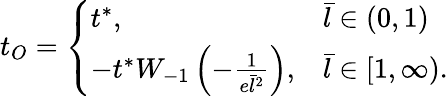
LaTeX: t_{O}=\left\{ \begin{array}{ll}{t^{*},}&{\bar{l}\in(0,1)}\\ {-t^{*}W_{-1}\left(-\frac{1}{e\bar{l}^{2}}\right),}&{\bar{l}\in[1,\infty).}\end{array}\right.